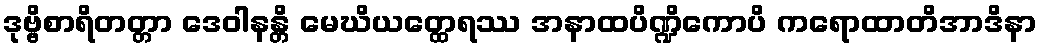
ဒုဗ္ဗိစာရိတတ္တာ ဒေဝါနန္တိ မေဃိယတ္ထေရဿ အနာထပိဏ္ဍိကောပိ ကရောထာတိအာဒိနာ